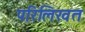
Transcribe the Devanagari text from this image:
परिलिखत